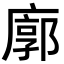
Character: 廓